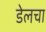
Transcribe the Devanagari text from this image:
डेलचा